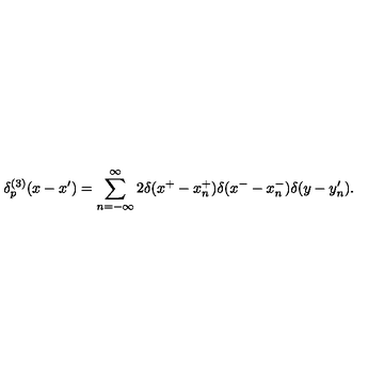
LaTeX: \delta _ { p } ^ { ( 3 ) } ( x - x ^ { \prime } ) = \sum _ { n = - \infty } ^ { \infty } 2 \delta ( x ^ { + } - x _ { n } ^ { + } ) \delta ( x ^ { - } - x _ { n } ^ { - } ) \delta ( y - y _ { n } ^ { \prime } ) .